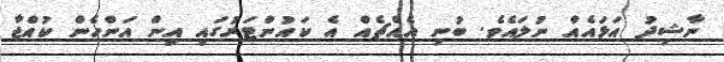
ނާޝިދު އަޅައެއް ނުލައެވެ. ބުނި އެއްޗެއް އެ ކައުންޓަރުގައި އިން އަންހެން ކުއްޖާ